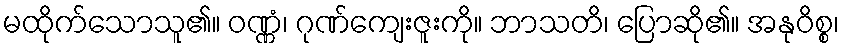
မထိုက်သောသူ၏။ ဝဏ္ဏံ၊ ဂုဏ်ကျေးဇူးကို။ ဘာသတိ၊ ပြောဆို၏။ အနုဝိစ္စ၊